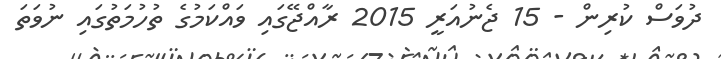
ދުވަސް ކުރިން - 15 ޖެނުއަރީ 2015 ރާއްޖޭގައި ވައްކަމުގެ ތުހުމަތުގައި ނުވަތަ